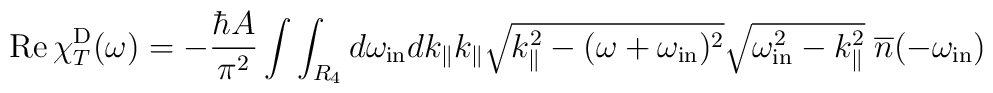
{\rm Re}\, \chi^{\rm D}_T(\omega)=-\frac{\hbar A}{\pi^2}\int\int_{R_4} d\omega_{\rm in} dk_{\|} k_{\|} \sqrt{k_{\|}^2-(\omega+\omega_{\rm in})^2}\sqrt{\omega_{\rm in}^2-k_{\|}^2}\; {\overline n}(-\omega_{\rm in})